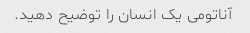
آناتومی یک انسان را توضیح دهید.